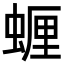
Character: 𮔠